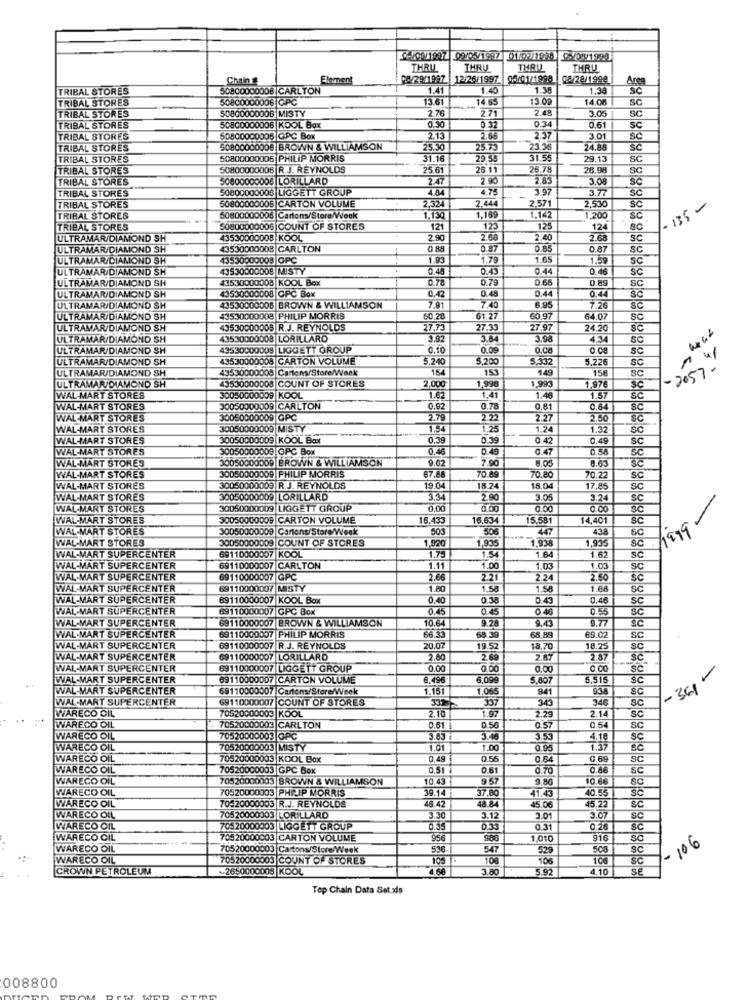
CON1907 02/05/1997 011/02/1998 0-40 91990
THRU
THRU
THRU
THRU
Chain &
Element
08/29/1897
12/26/1997
05/01/1998
08/28/199@
Area
TRIBAL STORES
50800000008 CARLTON
1.41
1.40
1.30
1.38
SC
TRIBAL STORES
50800000006 GPC
13.61
14 65
13.00
14.08
SC
TRIBAL STORES
50800000006 MISTY
2.76
2.71
2.48
3.05
0.3
SC
TRIBAL STORES
50800000006 |KOOL Box
0.30
0 32
0.61
3C
TRIBAL STORES
50800000005 GPC Box
2.1.
2.68
2.37
3.01
TRIBAL STORES
50800000000 BROWN & WILLIAMSON
25.30
25.73
23.38
24.88
TRIBAL STORES
50800000006 PHILIP MORRIS
31.16
29.55
31.55
29.13
SC
TRIBAL STORES
50800000006 R.J. REYNOLDS
25.6
26 1
26.78
28.98
SC
TRIBAL STORES
50800000006 LORILLARD
2.47
2.90
2.83
3.08
Sc
TRIBAL STORES
50800000008 LIGGETT GROUP
4.75
3.97
50800000005 CARTON VOLUME
2,324
2.444
2.571
3.77
2,530
-135-
TRIBAL STORES
SC
TRIBAL STORES
50800000006 Cartons/Store/Week
1.130
1,169
1.142
1,200
SC
TRIBAL STORES
50800000006 COUNT OF STORES
121
123
125
124
ULTRAMAR/DIAMOND SH
43530000008 KOOL
2.80
2.60
2.40
2.68
sc
ULTRAMAR/DIAMOND SH
43530000008 CARLTON
0 8
0 87
0.85
0.87
sc
ULTRAMAR/DIAMOND SH
43530000008 OPC
1.93
1.79
1.65
1.59
SC
ULTRAMAR/DIAMOND SH
43530000008 |MISTY
0.4
0.43
0.44
0.46
sc
ULTRAMAR/DIAMOND SH
43530000008 KOOL Box
0.78
0.79
0.65
0.89
43530000008 CPC Box
0.42
0.45
0.44
0.44
SC
ULTRAMAR/DIAMOND SH
ULTRAMAR/DIAMOND SH
43530000008 BROWN & WILLIAMSON
7.9
7.40
6.95
7.26
ULTRAMAR/DIAMOND SH
43530000008 PHILIP MORRIS
60.28
61.27
60.97
64.0
SC
ULTRAMAR/DIAMOND SH
4353000000S R.J. REYNOLDS
27,73
27.33
27.97
24.20
ULTRAMAR/DIAMOND SH
43530000008 LORILLARD
3.92
3.64
3.98
4.34
SC
ULTRAMAR/DIAMOND SH
43530000005 LIGGETT GROUP
0.10
0.09
0.08
0.08
SC
ULTRAMAR/DIAMOND SH
43530000005 CARTON VOLUME
5.240
$,200
3.332
ULTRAMAR/DIAMOND SH
43530000008 Cartons/Store/Week
154
153
149
5.226
158
SC
sc
-2057 -
1,99%
1.993
1,97€
3C
ULTRAMAR/DIAMOND SH
43530000008 COUNT OF STORES
1.41
WAL-MART STORES
30050000009 KOOL
1.62
1.46
1.57
WAL-MART STORES
30050000009 CARLTON
0.92
0.78
0.81
0.84
SC
WAL-MART STORES
30050000009 GPC
2.79
2.22
2.27
2.50
WAL-MART STORES
30050000009 MISTY
-
1.54
1.25
1.24
1.32
SC
WAL-MART STORES
30050000009 KOOL Box
0.39
0.39
0 42
0.49
WAL-MART STORES
30050000009 GPC Box
0.46
0.49
0.47
0.56
SC
WAL-MART STORES
30050000009 BROWN & WILLIAMSON
9.62
7.90
WAL-MART STORES
8.63
SC
30050000009 PHILIP MORRIS
67.88
70.89
70.80
70.22
Sc
WAL-MART STORES
30050000009 R.J. REYNOLDS
19.04
18.24
18.04
7.85
sc
WAL-MART STORES
30050000009 LORILLARD
3.34
2℃
3.05
3.24
sc
WAL-MART STORES
30050000009 LIGIGETT GROUP
0.00
0.00
0.00
0.00
3C
1999-
WAL-MART STORES
30050000009 CARTON VOLUME
16.433
16.634
5.581
14,401
WAL-MART STORES
30050000009 Cartons/Store/Week
503
438
WAL-MART STORES
30050000009 COUNT OF STORES
1,935
1.938
1.935
WAL-MART SUPERCENTER
1.75
1.54
1.62
SC
69110000007 KOOL
1.64
Sc
WAL-MART SUPERCENTER
69110000007 CARLTON
1.11
1.00
1.03
1.03
SC
WAL-MART SUPERCENTER
69110000007 GPC
2.66
2.21
2 24
2.50
WAL-MART SUPERCENTER
89110000007 MISTY
1.80
1,58
1.58
1.68
Sc
WAL-MART SUPERCENTER
69110000007 KOOL Box
0.40
030
0.43
0.46
SC
WAL-MART SUPERCENTER
69110000007 GPC Box
0.45
0.45
0 46
0.55
SC
WAL-MART SUPERCENTER
69110000007 BROWN & WILLIAMSON
10.6.
9.28
9.43
9.77
WAL-MART SUPERCENTER
69110000007 PHILIP MORRIS
66 33
68 39
58.89
69.02
SC
WAL-MART SUPERCENTER
69110000007 R.J. REYNOLDS
20.07
19.5
18.70
18.25
sc
WAL-MART SUPERCENTER
69110000007 LORILLARD
2.80
2.69
2.67
2.87
WAL-MART SUPERCENTER
69110000007 LIGGETT GROUP
0.00
0.00
0.00
0.00
Sc
WAL-MART SUPERCENTER
69110000007 CARTON VOLUME
8,496
6,099
5.807
5,516
-361 "
WAL-MART SUPERCENTER
69110000007 Cartons/Store/Week
1.065
941
SC
WAL-MART SUPERCENTER
69110000007 COUNT OF STORES
337
340
346
SC
WARECO OIL
70520000003 KOOL
1.97
2.10
2.29
2.14
Sc
WARECO OIL
70520000003 CARLTON
3.61
0.50
0.57
SC
WARECO OIL
70520000003 GPC
3.48
3.53
4,18
WARECO OIL
70520000003 MISTY
1.0
1.00
0.95
1.37
WARECO OIL
70520000003 KOOL Box
0.49
0.56
0.64
0.69
SC
WARECO OIL
70520000003 GPC Box
0.51
0.61
0.70
SC
WANECO OIL
70520000003 BROWN & WILLIAMSON
10.43
9 57
9.80
10.66
WARECO OIL
70520000003 PHILIP MORRIS
39.14
41.43
.55
70520000003 R.J. REYNOLDS
37.80
WARECO OIL
18.42
48 84
45.06
45 22
SC
WARECO OIL
70520000003 |LORILLARD
3.30
3.12
3.01
3.07
SC
WARECO OIL
70520000003 LIGGETT GROUP
0.35
0.33
0.31
0.16
SC
WARECO CIL
70520000003 CARTON VOLUME
956
1,010
916
SC
- 106
WARECO OIL
70520000003 Cartons/Store/Week
530
547
529
508
SC
WARECO OIL
70520000003 COUNT OF STORES
105
108
sc
CROWN PETROLEUM
2650000008 KOOL
4.64
5.92
4,10
SE
Top Chain Data Set xis
008800